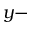
y -